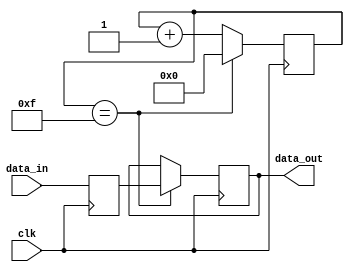
module ethernet_bus_controller (
    input clk,
    input wire [7:0] data_in,
    output reg [7:0] data_out
);

// Timing control unit
reg [3:0] counter;
always @ (posedge clk) begin
    if (counter == 4'b1111)
        counter <= 4'b0000;
    else
        counter <= counter + 1;
end

// Synchronization block
reg [7:0] buffer;

always @ (posedge clk) begin
    buffer <= data_in;
end

// Data transfer logic
always @ (posedge clk) begin
    if (counter == 4'b1111)
        data_out <= buffer;
end

endmodule